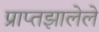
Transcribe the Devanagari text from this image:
प्राप्तझालेले